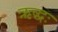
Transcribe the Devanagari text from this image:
ऋद्धः